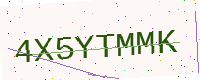
Text: 4X5YTMMK